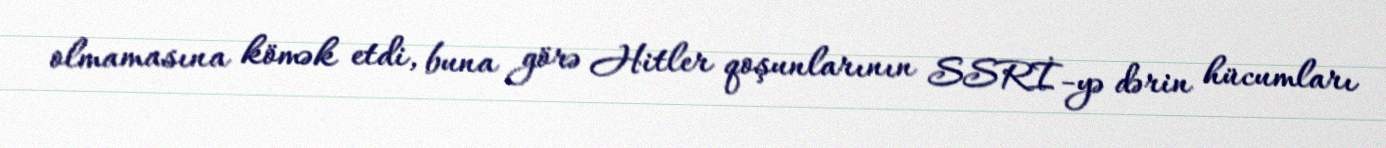
olmamasına kömək etdi, buna görə Hitler qoşunlarının SSRİ-yə dərin hücumları